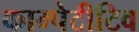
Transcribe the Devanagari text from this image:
काम्पेटीटिव